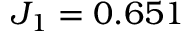
J _ { 1 } = 0 . 6 5 1